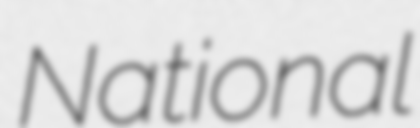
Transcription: National